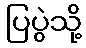
ပြပွဲသို့